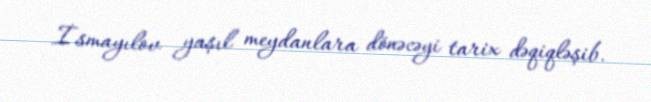
İsmayılov yaşıl meydanlara dönəcəyi tarix dəqiqləşib.